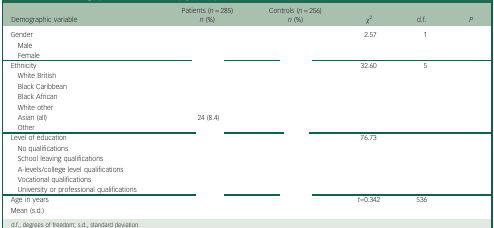
<table><thead><tr><td><b>Demographic variable</b></td><td><b>Patients (<i>n</i> = 285)<i>n</i> (%)</b></td><td><b>Controls (<i>n</i> = 256)<i>n</i> (%)</b></td><td><b>χ<sup>2</sup></b></td><td><b>d.f.</b></td><td><b><i>P</i></b></td></tr></thead><tbody><tr><td>Gender</td><td>[EMPTY_CELL]</td><td>[EMPTY_CELL]</td><td>2.57</td><td>1</td><td>[EMPTY_CELL]</td></tr><tr><td> Male</td><td>[EMPTY_CELL]</td><td>[EMPTY_CELL]</td><td>[EMPTY_CELL]</td><td>[EMPTY_CELL]</td><td>[EMPTY_CELL]</td></tr><tr><td> Female</td><td>[EMPTY_CELL]</td><td>[EMPTY_CELL]</td><td>[EMPTY_CELL]</td><td>[EMPTY_CELL]</td><td>[EMPTY_CELL]</td></tr><tr><td>Ethnicity</td><td>[EMPTY_CELL]</td><td>[EMPTY_CELL]</td><td>32.60</td><td>5</td><td>[EMPTY_CELL]</td></tr><tr><td> White British</td><td>[EMPTY_CELL]</td><td>[EMPTY_CELL]</td><td>[EMPTY_CELL]</td><td>[EMPTY_CELL]</td><td>[EMPTY_CELL]</td></tr><tr><td> Black Caribbean</td><td>[EMPTY_CELL]</td><td>[EMPTY_CELL]</td><td>[EMPTY_CELL]</td><td>[EMPTY_CELL]</td><td>[EMPTY_CELL]</td></tr><tr><td> Black African</td><td>[EMPTY_CELL]</td><td>[EMPTY_CELL]</td><td>[EMPTY_CELL]</td><td>[EMPTY_CELL]</td><td>[EMPTY_CELL]</td></tr><tr><td> White other</td><td>[EMPTY_CELL]</td><td>[EMPTY_CELL]</td><td>[EMPTY_CELL]</td><td>[EMPTY_CELL]</td><td>[EMPTY_CELL]</td></tr><tr><td> Asian (all)</td><td>24 (8.4)</td><td>[EMPTY_CELL]</td><td>[EMPTY_CELL]</td><td>[EMPTY_CELL]</td><td>[EMPTY_CELL]</td></tr><tr><td> Other</td><td>[EMPTY_CELL]</td><td>[EMPTY_CELL]</td><td>[EMPTY_CELL]</td><td>[EMPTY_CELL]</td><td>[EMPTY_CELL]</td></tr><tr><td>Level of education</td><td>[EMPTY_CELL]</td><td>[EMPTY_CELL]</td><td>76.73</td><td>[EMPTY_CELL]</td><td>[EMPTY_CELL]</td></tr><tr><td> No qualifications</td><td>[EMPTY_CELL]</td><td>[EMPTY_CELL]</td><td>[EMPTY_CELL]</td><td>[EMPTY_CELL]</td><td>[EMPTY_CELL]</td></tr><tr><td> School leaving qualifications</td><td>[EMPTY_CELL]</td><td>[EMPTY_CELL]</td><td>[EMPTY_CELL]</td><td>[EMPTY_CELL]</td><td>[EMPTY_CELL]</td></tr><tr><td> A-levels/college level qualifications</td><td>[EMPTY_CELL]</td><td>[EMPTY_CELL]</td><td>[EMPTY_CELL]</td><td>[EMPTY_CELL]</td><td>[EMPTY_CELL]</td></tr><tr><td> Vocational qualifications</td><td>[EMPTY_CELL]</td><td>[EMPTY_CELL]</td><td>[EMPTY_CELL]</td><td>[EMPTY_CELL]</td><td>[EMPTY_CELL]</td></tr><tr><td> University or professional qualifications</td><td>[EMPTY_CELL]</td><td>[EMPTY_CELL]</td><td>[EMPTY_CELL]</td><td>[EMPTY_CELL]</td><td>[EMPTY_CELL]</td></tr><tr><td>Age in years</td><td>[EMPTY_CELL]</td><td>[EMPTY_CELL]</td><td><i>t</i>=0.342</td><td>536</td><td>[EMPTY_CELL]</td></tr><tr><td>Mean (s.d.)</td><td>[EMPTY_CELL]</td><td>[EMPTY_CELL]</td><td>[EMPTY_CELL]</td><td>[EMPTY_CELL]</td><td>[EMPTY_CELL]</td></tr></tbody></table>